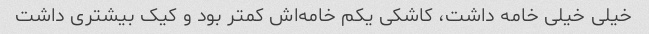
خیلی خیلی خامه داشت، کاشکی یکم خامه‌اش کمتر بود و کیک بیشتری داشت